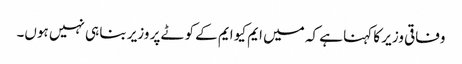
وفاقی وزیر کا کہنا ہے کہ میں ایم کیو ایم کے کوٹے پر وزیر بنا ہی نہیں ہوں۔